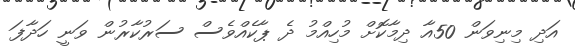
އަދި މިނިވަން 50އާ ދިމާކޮށް މުހިއްމު ދެ ޕާކެއްވެސް ސަރުކާރުން ވަނީ ހަދާފަ